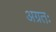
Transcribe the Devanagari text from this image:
अग्रतः